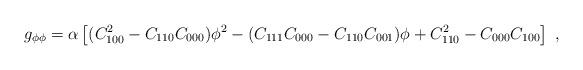
LaTeX: \begin{align*}g_{\phi\phi} = \alpha \left[(C_{100}^2- C_{110} C_{000})\phi^2 -(C_{111} C_{000} - C_{110} C_{001}) \phi + C_{110} ^2 - C_{000} C_{100}\right] \ , \end{align*}